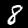
Label: 8